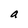
Character: a